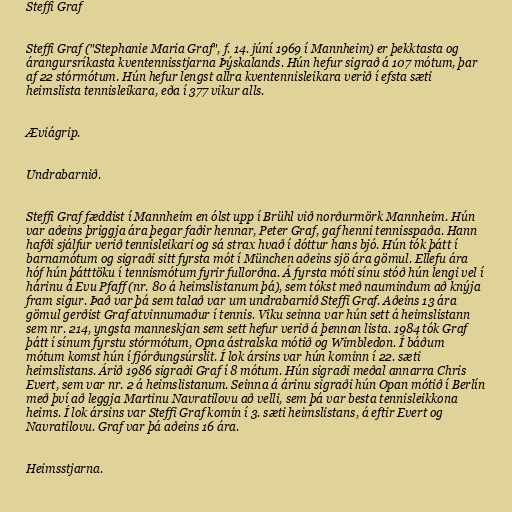
Steffi Graf

Steffi Graf ("Stephanie Maria Graf", f. 14. júní 1969 í Mannheim) er þekktasta og
árangursríkasta kventennisstjarna Þýskalands. Hún hefur sigrað á 107 mótum, þar
af 22 stórmótum. Hún hefur lengst allra kventennisleikara verið í efsta sæti
heimslista tennisleikara, eða í 377 vikur alls.

Æviágrip.

Undrabarnið.

Steffi Graf fæddist í Mannheim en ólst upp í Brühl við norðurmörk Mannheim. Hún
var aðeins þriggja ára þegar faðir hennar, Peter Graf, gaf henni tennisspaða. Hann
hafði sjálfur verið tennisleikari og sá strax hvað í dóttur hans bjó. Hún tók þátt í
barnamótum og sigraði sitt fyrsta mót í München aðeins sjö ára gömul. Ellefu ára
hóf hún þátttöku í tennismótum fyrir fullorðna. Á fyrsta móti sínu stóð hún lengi vel í
hárinu á Evu Pfaff (nr. 80 á heimslistanum þá), sem tókst með naumindum að knýja
fram sigur. Það var þá sem talað var um undrabarnið Steffi Graf. Aðeins 13 ára
gömul gerðist Graf atvinnumaður í tennis. Viku seinna var hún sett á heimslistann
sem nr. 214, yngsta manneskjan sem sett hefur verið á þennan lista. 1984 tók Graf
þátt í sínum fyrstu stórmótum, Opna ástralska mótið og Wimbledon. Í báðum
mótum komst hún í fjórðungsúrslit. Í lok ársins var hún kominn í 22. sæti
heimslistans. Árið 1986 sigraði Graf í 8 mótum. Hún sigraði meðal annarra Chris
Evert, sem var nr. 2 á heimslistanum. Seinna á árinu sigraði hún Opan mótið í Berlín
með því að leggja Martinu Navratilovu að velli, sem þá var besta tennisleikkona
heims. Í lok ársins var Steffi Graf komin í 3. sæti heimslistans, á eftir Evert og
Navratilovu. Graf var þá aðeins 16 ára.

Heimsstjarna.